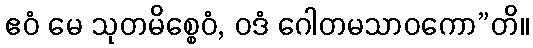
ဧဝံ မေ သုတမိစ္စေဝံ, ဝဒံ ဂေါတမသာဝကော”တိ။